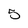
Character: 5